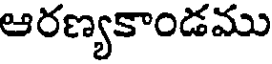
ఆరణ్యకాండము